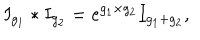
LaTeX: I _ { g _ { 1 } } \ast I _ { g _ { 2 } } = e ^ { g _ { 1 } \times g _ { 2 } } I _ { g _ { 1 } + g _ { 2 } } ,